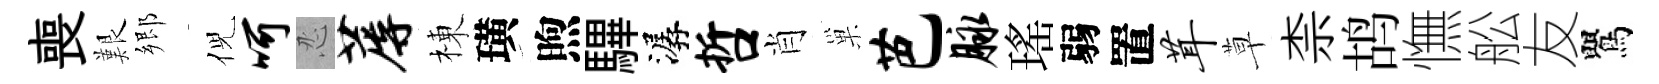
喪艱郷倪呵忍蓐棟璜煦驆潺哲肖巢芭脉瑤弱置茸草柰鸪憮舩友鸎